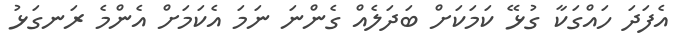
އެފަދަ ހައްގަކާ ގުޅޭ ކަމަކަށް ބަދަލެއް ގެންނަ ނަމަ އެކަމަށް އެންމެ ރަނގަޅު